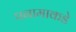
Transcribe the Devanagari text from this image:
पनामाकडे